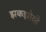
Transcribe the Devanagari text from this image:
झकझोरते